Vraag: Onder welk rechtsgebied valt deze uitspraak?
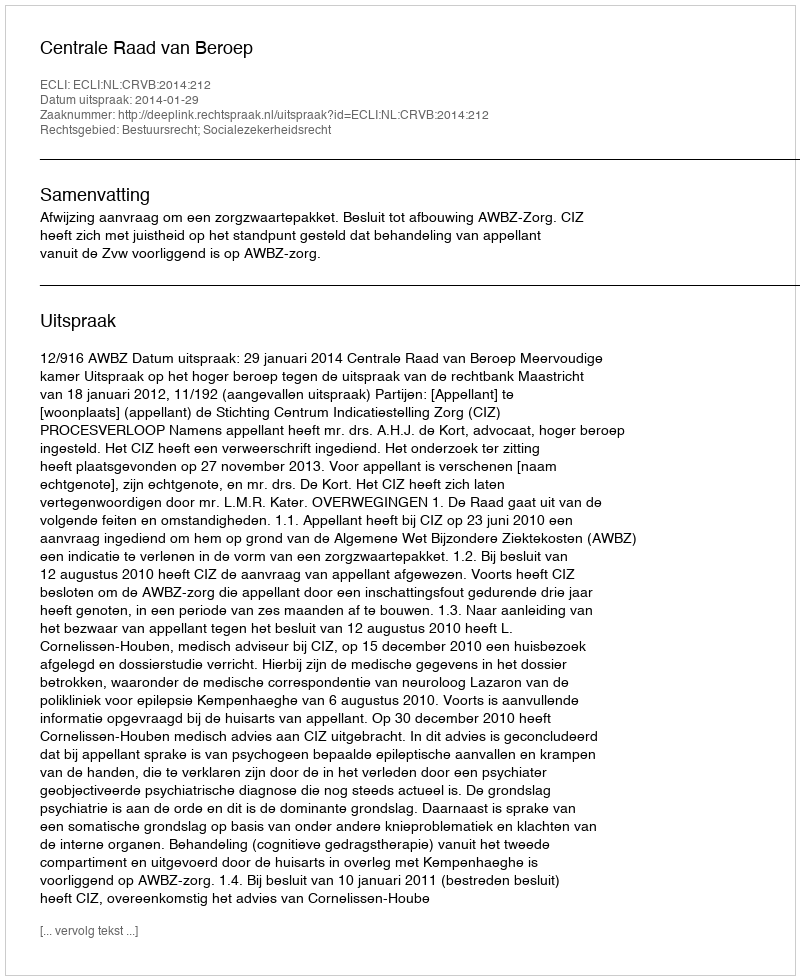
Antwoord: Bestuursrecht; Socialezekerheidsrecht